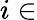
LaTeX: i\in